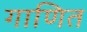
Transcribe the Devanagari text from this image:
गाणित